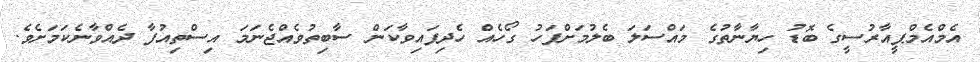
އެމްއެމްޕީއާރުސީގެ ބޮޑު ހިޔާނާތުގެ މައްސަލަ ބެލުމަށްފަހު ގޯހެއް ހެދިފައިވާކަން ސާބިތުވެއްޖެނަމަ އިސްތިއުފާ ދެއްވާނެކަމަށެވެ.